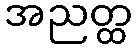
အညတ္ထ